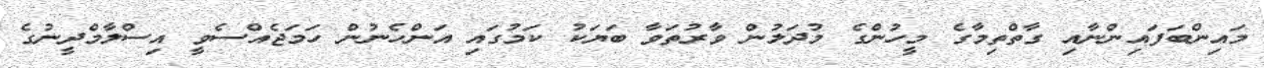
މައިންބަފައިންނާއި ގާތްތިމާގެ މީހުންގެ މުދަލުން ވާރުތަވާ ބަޔަކު ކަމުގައި އަންހެނުން ހަމަޖެއްސެވީ އިސްލާމްދީނުގެ